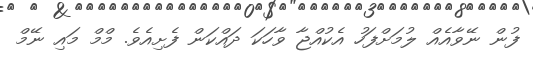
ފުން ނޭވާއެއް ލުމަށްފަހު އެކުއްޖާ ވާހަކަ ދައްކަން ފެށިއެވެ. މްމް މައި ނޭމް